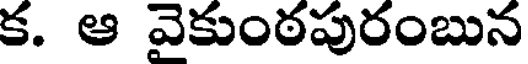
క. ఆ వెకుంఠపురంబున